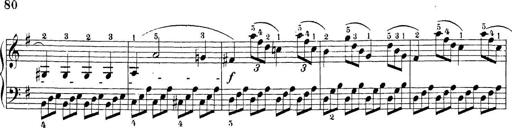
Title: Sonatina Album
Composer: Louis KÃ¶hler